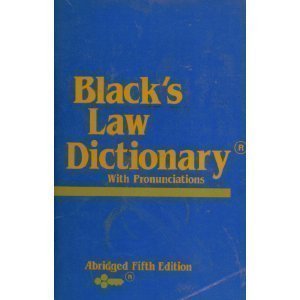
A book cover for Black's Law Dictionary: Abridged Fifth Edition; Henry Campbell Black; Law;